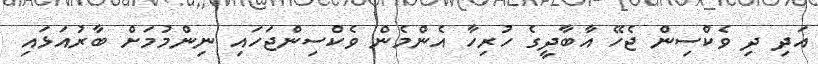
އަދި ދި ވެކްސިން ޖެހޭ އާބާދީގެ ހުރިހާ އެންމެން ވެކްސިންޖަހައި ނިންމުމަށް ބާރުއަޅައި